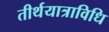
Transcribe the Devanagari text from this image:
तीर्थयात्राविधि